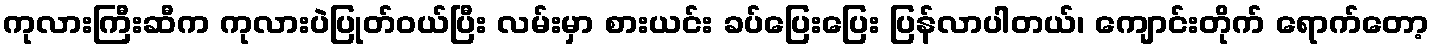
ကုလားကြီးဆီက ကုလားပဲပြုတ်ဝယ်ပြီး လမ်းမှာ စားယင်း ခပ်ပြေးပြေး ပြန်လာပါတယ်၊ ကျောင်းတိုက် ရောက်တော့